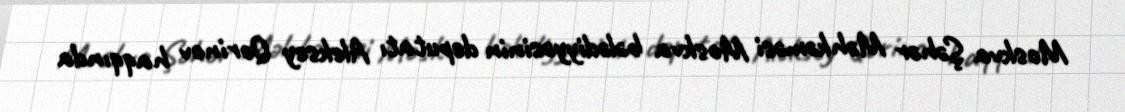
Moskva Şəhər Məhkəməsi Moskva bələdiyyəsinin deputatı Aleksey Qorinov haqqında